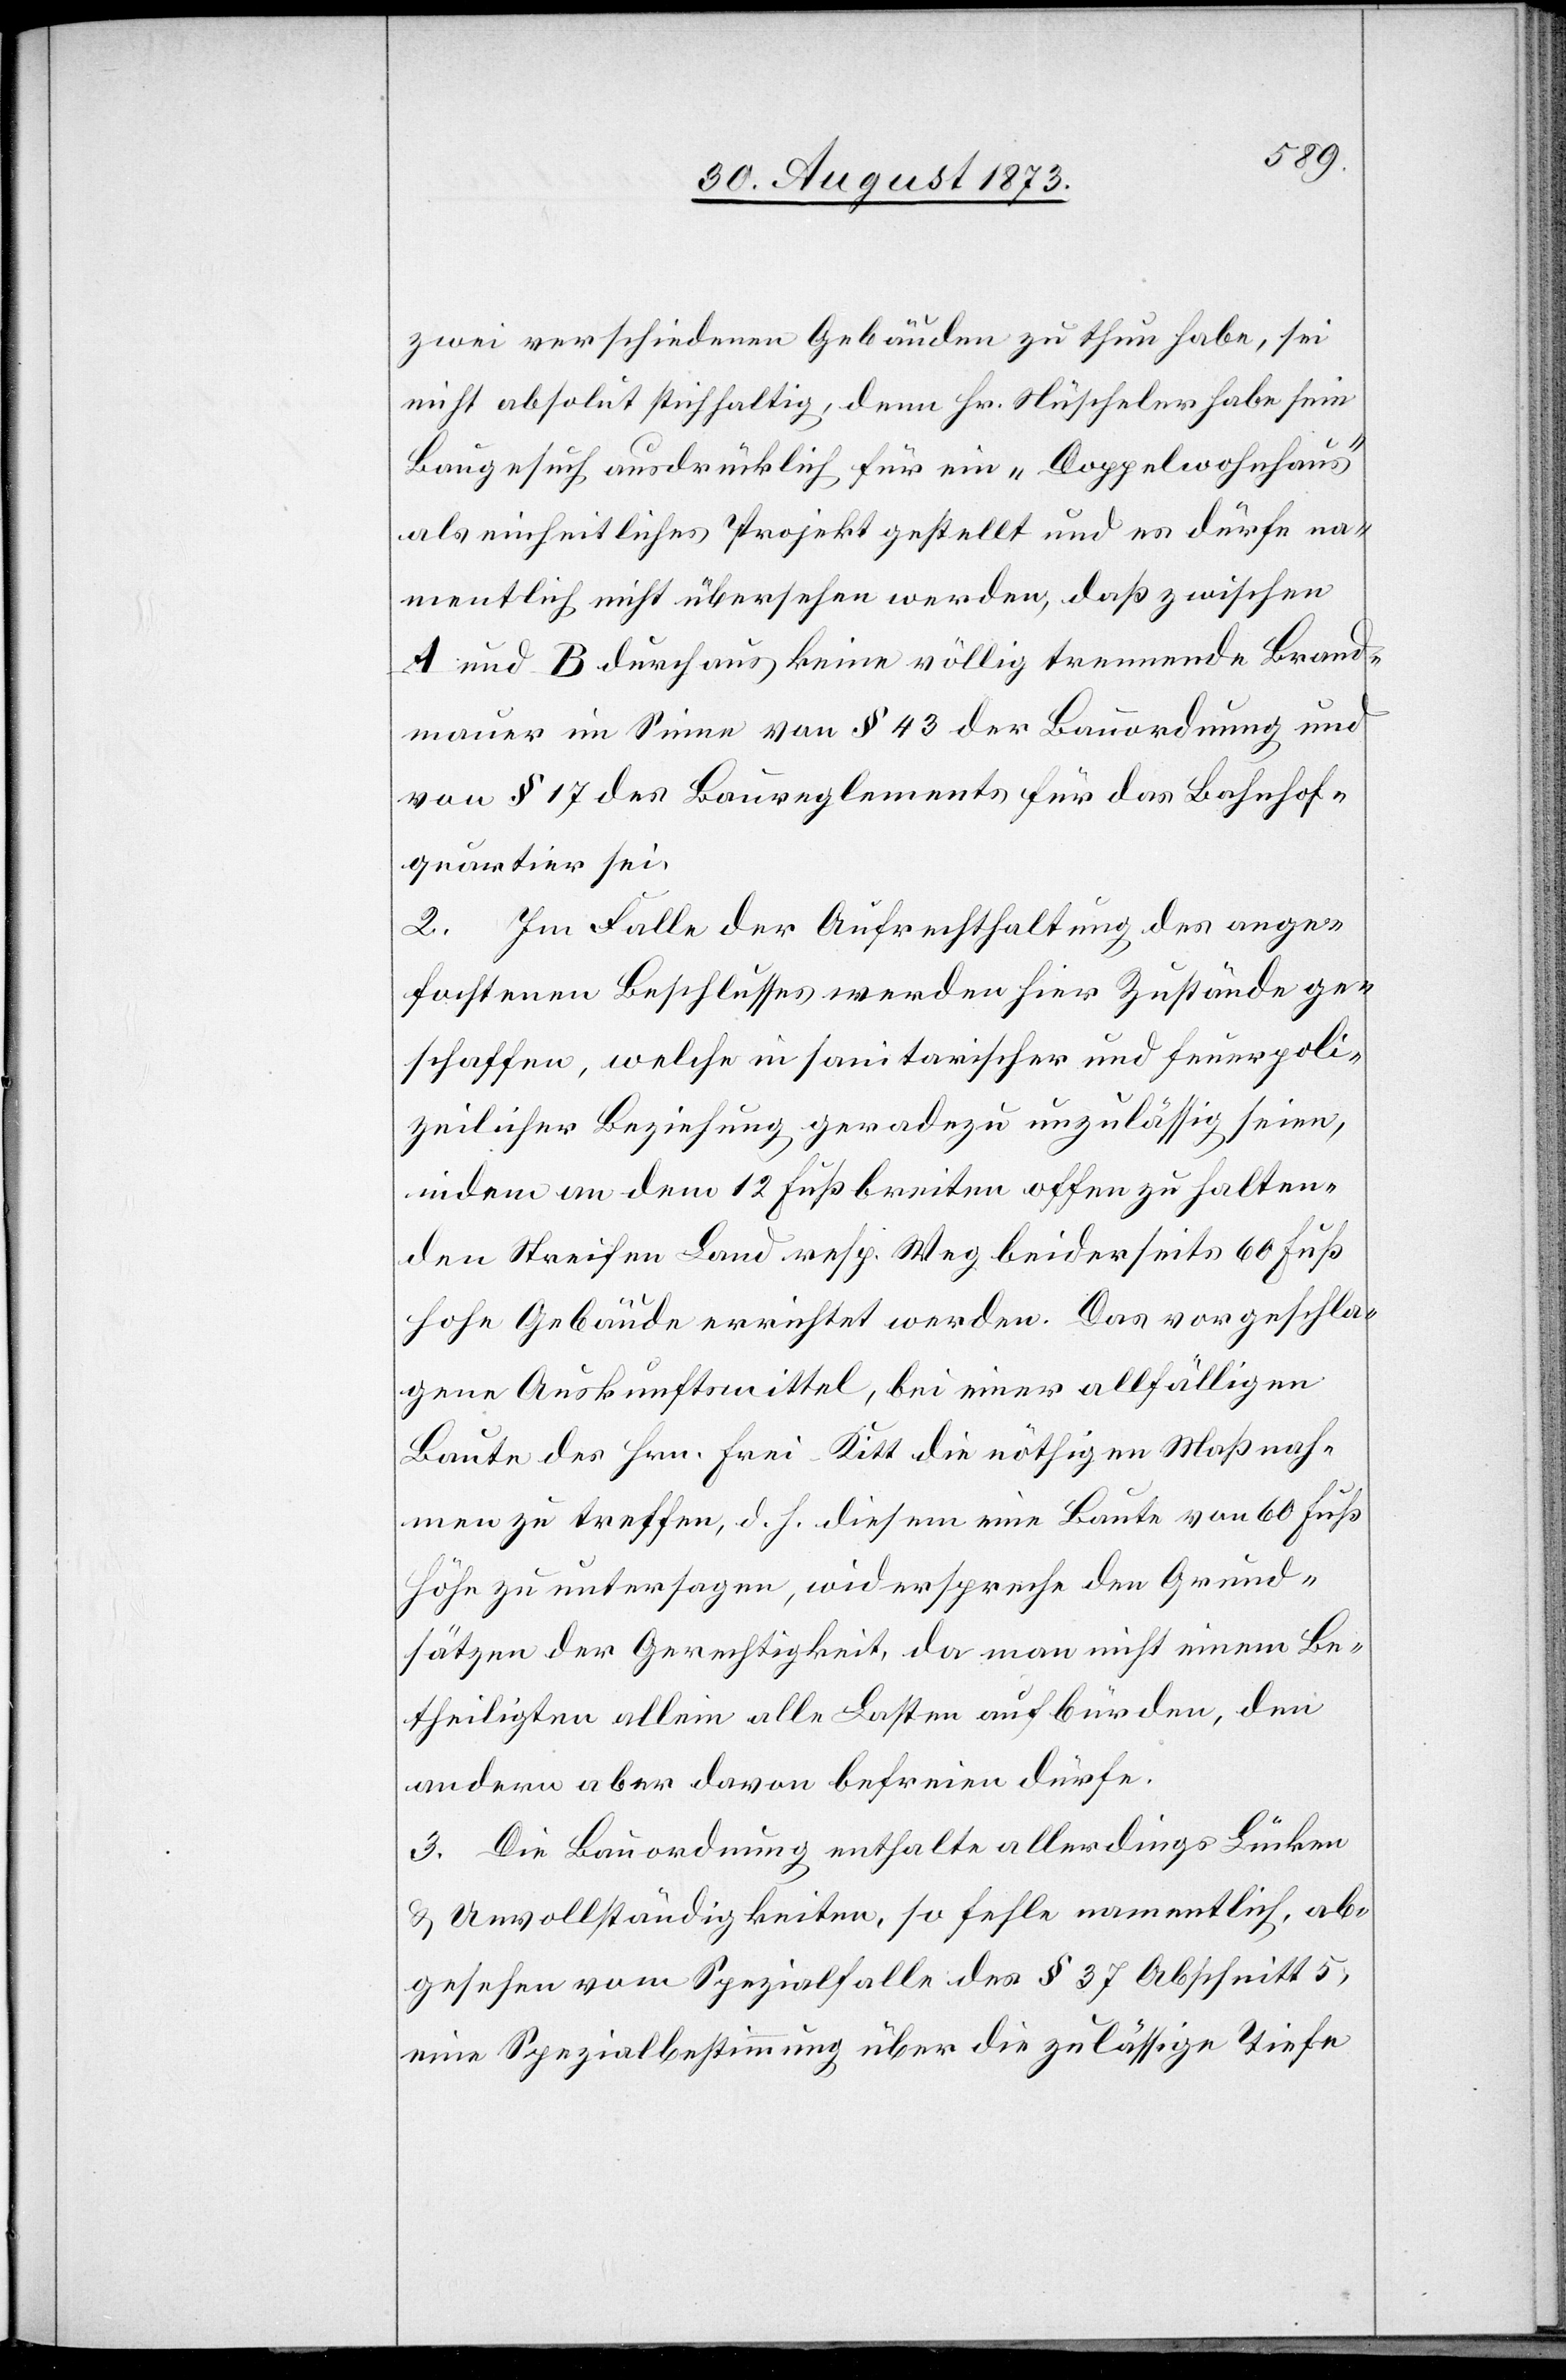
zwei verschiedenen Gebäuden zu thun habe, sei
nicht absolut stichhaltig, denn Hr. Nüscheler habe sein
Baugesuch ausdrücklich für ein „Doppelwohnhaus“
als einheitliches Projekt gestellt und es dürfe na¬
mentlich nicht übersehen werden, daß zwischen
A und B durchaus keine völlig trennende Brand¬
mauer im Sinne von § 43 der Bauordnung und
von § 17 des Baureglements für das Bahnhof¬
quartier sei.
2. Im Falle der Aufrechthaltung des ange¬
fochtenen Beschlusses werden hier Zustände ge¬
schaffen, welche in sanitarischer und feuerpoli¬
zeilicher Beziehung geradezu unzulässig seien,
indem an dem 12 Fuß breiten offen zu halten¬
den Streifen Land resp. Weg beiderseits 60 Fuß
hohe Gebäude errichtet werden. Das vorgeschla¬
gene Auskunftsmittel, bei einer allfälligen
Baute des Hrn. Frei-Kitt die nöthigen Maßnah¬
men zu treffen, d. h. diesem eine Baute von 60 Fuß
Höhe zu untersagen, widerspreche den Grund¬
sätzen der Gerechtigkeit, da man nicht einem Be¬
theiligten allein alle Lasten aufbürden, den
andern aber davon befreien dürfe.
3. Die Bauordnung enthalte allerdings Lücken
& Unvollständigkeiten, so fehle namentlich, ab¬
gesehen vom Spezialfalle des § 37 Abschnitt 5,
eine Spezialbestimmung über die zulässige Tiefe